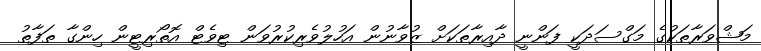
މަޝްވަރާތަކުގެ މަގްސަދަކީ ފަންނީ ދާއިރާތަކަށް ޒުވާނުން އަހުލުވެރިކުރުވަން ޓިވެޓް އޮތޯރިޓީން ހިންގާ ތަފާތު